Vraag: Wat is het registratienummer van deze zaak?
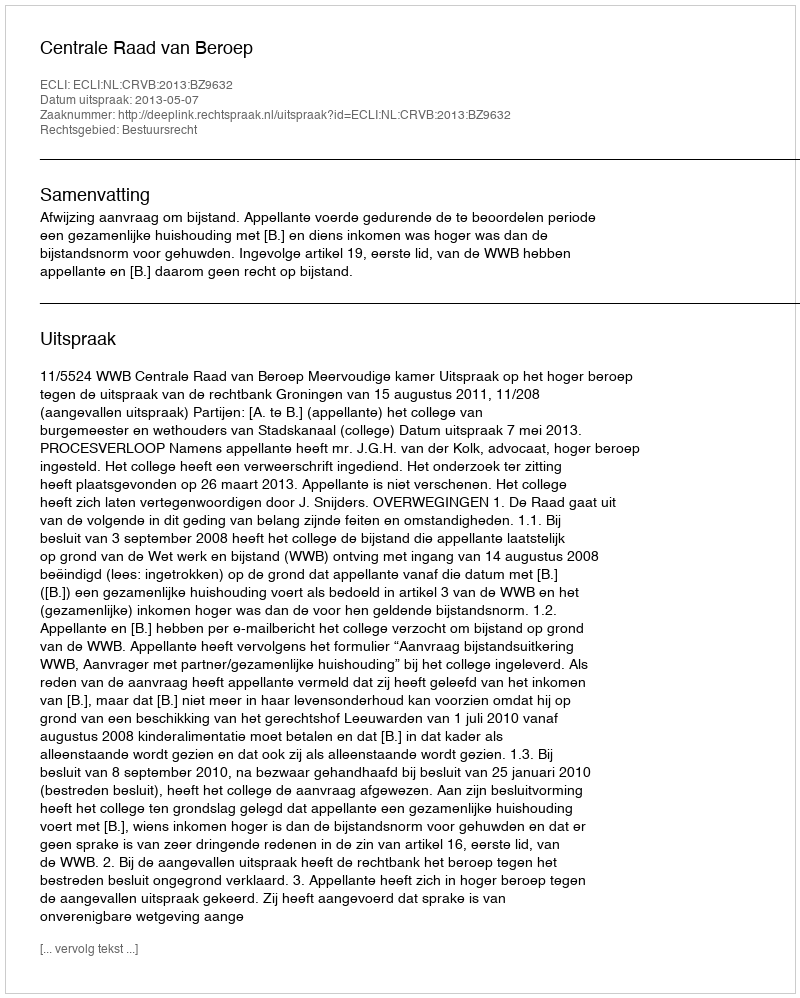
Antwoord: http://deeplink.rechtspraak.nl/uitspraak?id=ECLI:NL:CRVB:2013:BZ9632